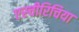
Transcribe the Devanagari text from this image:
एस्चीरिचिया